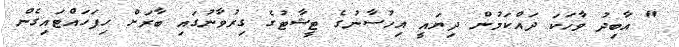
" އާބިދު ވާހަކަ ދައްކަމުން ދިޔައީ އިހުސާނުގެ ޓީޝާޓުގެ ގިރުވާނުގައި ބާރަށް ހިފަހައްޓައިގެން